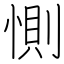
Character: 惻